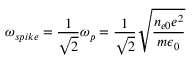
\omega _ { s p i k e } = \frac { 1 } { \sqrt { 2 } } \omega _ { p } = \frac { 1 } { \sqrt { 2 } } \sqrt { \frac { n _ { e 0 } e ^ { 2 } } { m \epsilon _ { 0 } } }